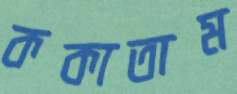
ককাতাম